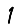
Digit: 1